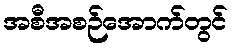
အစီအစဉ်အောက်တွင်